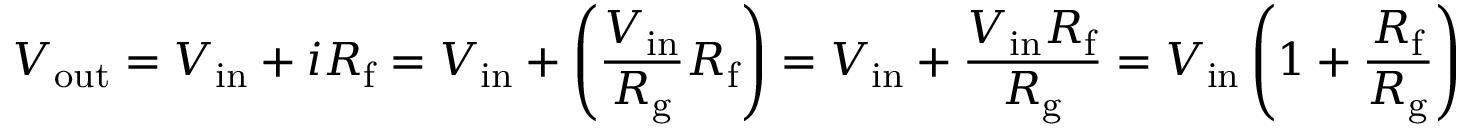
V _ { \mathrm { o u t } } = V _ { \mathrm { i n } } + i R _ { \mathrm { f } } = V _ { \mathrm { i n } } + \left( { \frac { V _ { \mathrm { i n } } } { R _ { \mathrm { g } } } } R _ { \mathrm { f } } \right) = V _ { \mathrm { i n } } + { \frac { V _ { \mathrm { i n } } R _ { \mathrm { f } } } { R _ { \mathrm { g } } } } = V _ { \mathrm { i n } } \left( 1 + { \frac { R _ { \mathrm { f } } } { R _ { \mathrm { g } } } } \right)